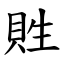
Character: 貹